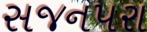
સજનપરા